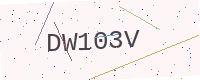
Text: DW103V